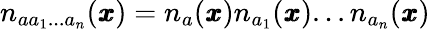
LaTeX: n_{aa_{1}...a_{n}}({\pmb x})=n_{a}({\pmb x})n_{a_{1}}({\pmb x})...n_{a_{n}}({\pmb x})